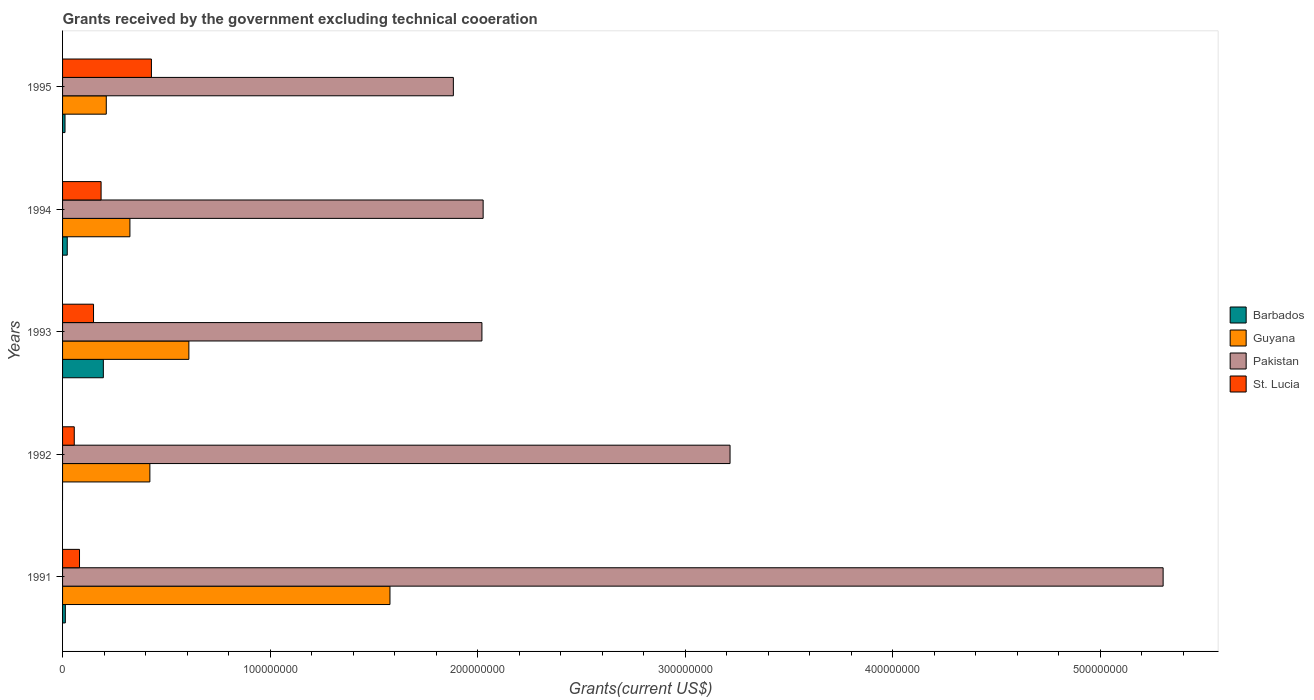
| Years | Barbados | Guyana | Pakistan | St. Lucia |
 | --- | --- | --- | --- | --- |
 | 1991 | 1.33e+06 | 1.58e+08 | 5.3e+08 | 8.17e+06 |
 | 1992 | -1.1e+05 | 4.21e+07 | 3.22e+08 | 5.64e+06 |
 | 1993 | 1.96e+07 | 6.09e+07 | 2.02e+08 | 1.49e+07 |
 | 1994 | 2.26e+06 | 3.24e+07 | 2.03e+08 | 1.86e+07 |
 | 1995 | 1.18e+06 | 2.11e+07 | 1.88e+08 | 4.28e+07 |